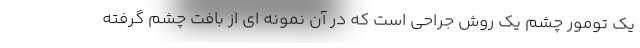
یک تومور چشم یک روش جراحی است که در آن نمونه ای از بافت چشم گرفته